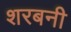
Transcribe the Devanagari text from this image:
शरबनी